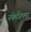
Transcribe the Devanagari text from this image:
स्केप्टिक्स